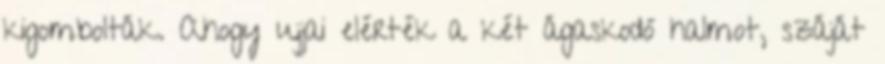
kigombolták. Ahogy ujjai elérték a két ágaskodó halmot, száját